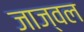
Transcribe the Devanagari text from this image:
जाज्वल